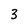
Character: 3